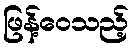
ဖြန့်ဝေသည့်